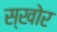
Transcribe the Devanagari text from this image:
स्खोर